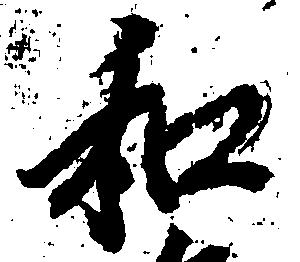
和